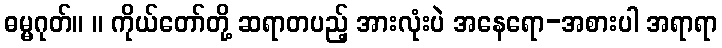
ဓမ္မဂုတ်။ ။ ကိုယ်တော်တို့ ဆရာတပည့် အားလုံးပဲ အနေရော-အစားပါ အရာရာ